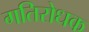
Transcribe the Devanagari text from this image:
गतिरोधक